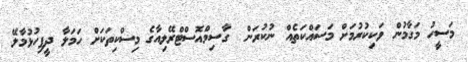
މަސީހު މަގާމުން ވަކިކުރުމަށް މަސައްކަތެއް ނުކުރަން  ގާސިމްއޮސްޓްރޭލިއާގެ މިސްކިތަކަށް ހަމަލާ ދީފިހުޅުމާލޭ